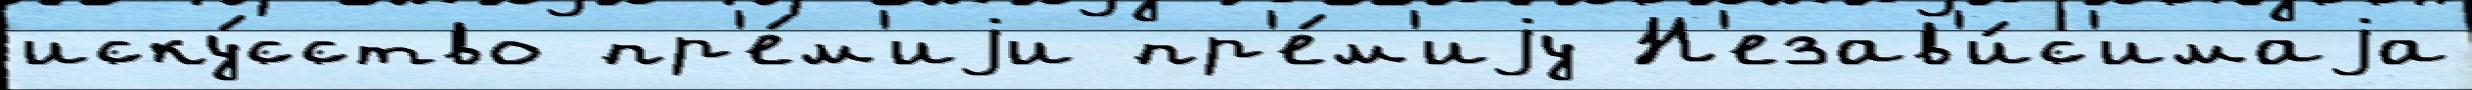
иску́сство пр'е́м'иjи пр'е́м'иjу Н'езав'и́с'имаjа